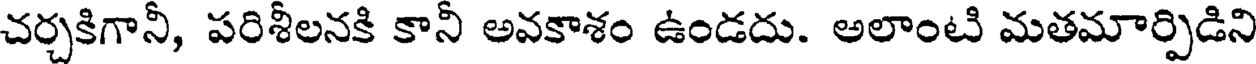
చర్చకిగానీ, పరిశీలనకి కానీ అవకాశం ఉండదు. అలాంటి మతమార్పిడిని